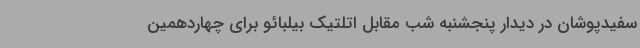
سفیدپوشان در دیدار پنجشنبه شب مقابل اتلتیک بیلبائو برای چهاردهمین